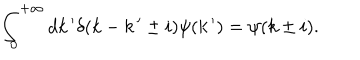
\int _ { 0 } ^ { + \infty } d k \, ^ { \prime } \delta ( k - k \, ^ { \prime } \pm i ) \psi ( k \, ^ { \prime } ) = \psi ( k \pm i ) .